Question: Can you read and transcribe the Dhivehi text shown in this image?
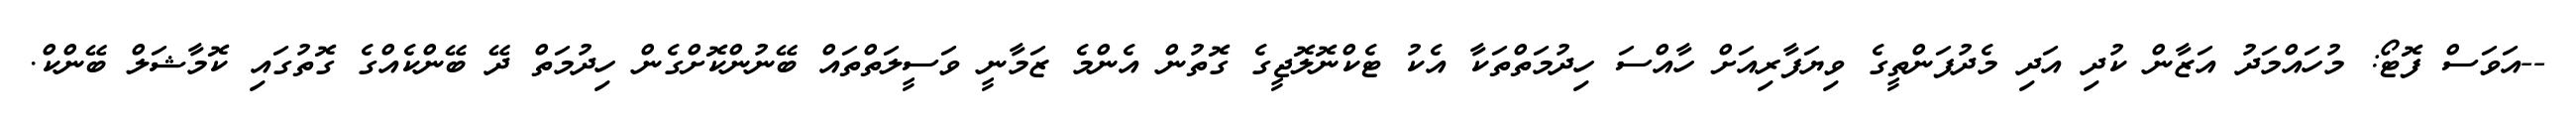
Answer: --އަވަސް ފޮޓޯ: މުހައްމަދު އަޒާން ކުދި އަދި މެދުފަންތީގެ ވިޔަފާރިއަށް ހާއްސަ ހިދުމަތްތަކާ އެކު ޓެކްނޮލޮޖީގެ ގޮތުން އެންމެ ޒަމާނީ ވަސީލަތްތައް ބޭނުންކޮށްގެން ހިދުމަތް ދޭ ބޭންކެއްގެ ގޮތުގައި ކޮމާޝަލް ބޭންކް.